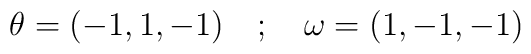
\theta=(-1,1,-1) \quad ; \quad \omega=(1,-1,-1)